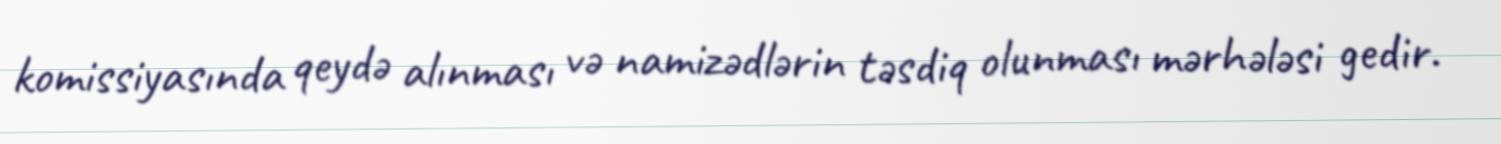
komissiyasında qeydə alınması və namizədlərin təsdiq olunması mərhələsi gedir.